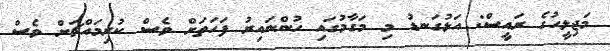
މަޖިލީހުގެ ރައީސް: އަޅުގަނޑު މި މަގާމުގައި ހުންނައިރު ފަހަތަށް ވެސް ކުރިމައްޗަށް ވެސް